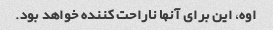
اوه، این برای آنها ناراحت کننده خواهد بود.